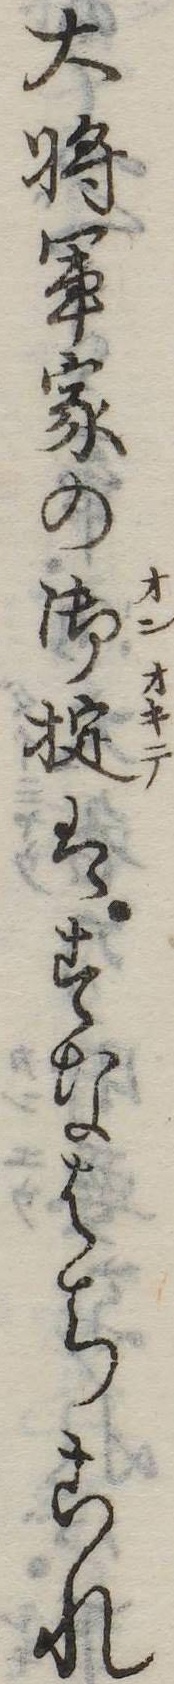
大将軍家の御掟はすなはちこれ